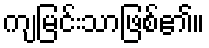
ကျမြင်းသာဖြစ်၏။